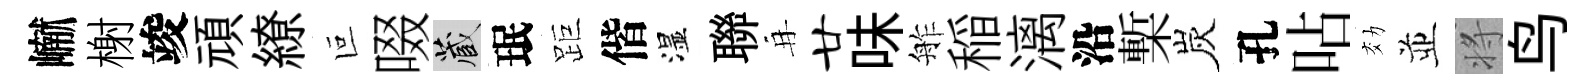
𪩘榭竣頑繚叵啜藏珉距偕湿聯再廿味舴稲漓沿槧炭孔呫効並将鸟